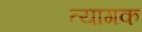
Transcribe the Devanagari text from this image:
त्यागक